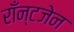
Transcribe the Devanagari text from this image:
राँन्टजेन